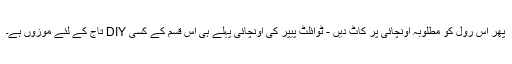
پھر اس رول کو مطلوبہ اونچائی پر کاٹ دیں - ٹوائلٹ پیپر کی اونچائی پہلے ہی اس قسم کے کسی DIY تاج کے لئے موزوں ہے۔